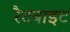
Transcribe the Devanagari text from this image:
रैटबाइट